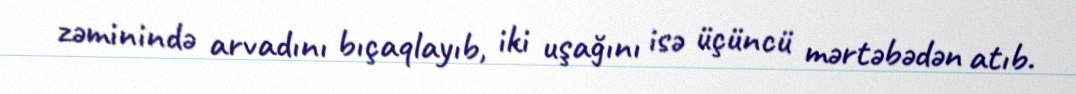
zəminində arvadını bıçaqlayıb, iki uşağını isə üçüncü mərtəbədən atıb.